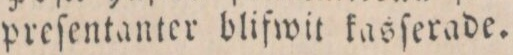
preſentanter blifwit kasſerade.